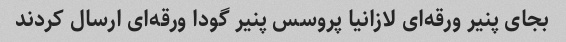
بجای پنیر ورقه‌ای لازانیا پروسس پنیر گودا ورقه‌ای ارسال کردند